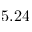
5 . 2 4